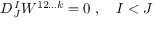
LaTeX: D _ { J } ^ { \, I } W ^ { 1 2 \ldots k } = 0 \; , \quad I < J